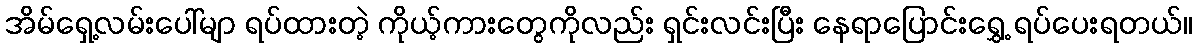
အိမ်ရှေ့လမ်းပေါ်မျာ ရပ်ထားတဲ့ ကိုယ့်ကားတွေကိုလည်း ရှင်းလင်းပြီး နေရာပြောင်းရွှေ့ ရပ်ပေးရတယ်။